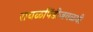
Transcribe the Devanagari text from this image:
रावळपिंडीजवळची